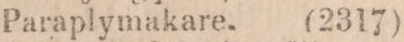
Paraplymakare,    (2317)